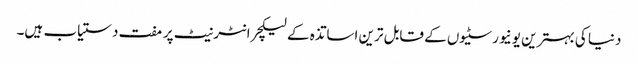
دنیا کی بہترین یونیورسٹیوں کے قابل ترین اساتذہ کے لیکچر انٹرنیٹ پر مفت دستیاب ہیں۔